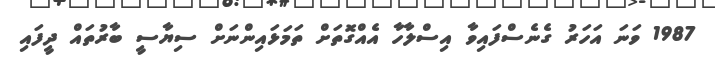
1987 ވަނަ އަހަރު ގެނެސްފައިވާ އިސްލާހާ އެއްގޮތަށް ތަމަޅައިންނަށް ސިޔާސީ ބާރުތައް ދީފައި